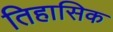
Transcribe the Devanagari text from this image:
तिहासिक